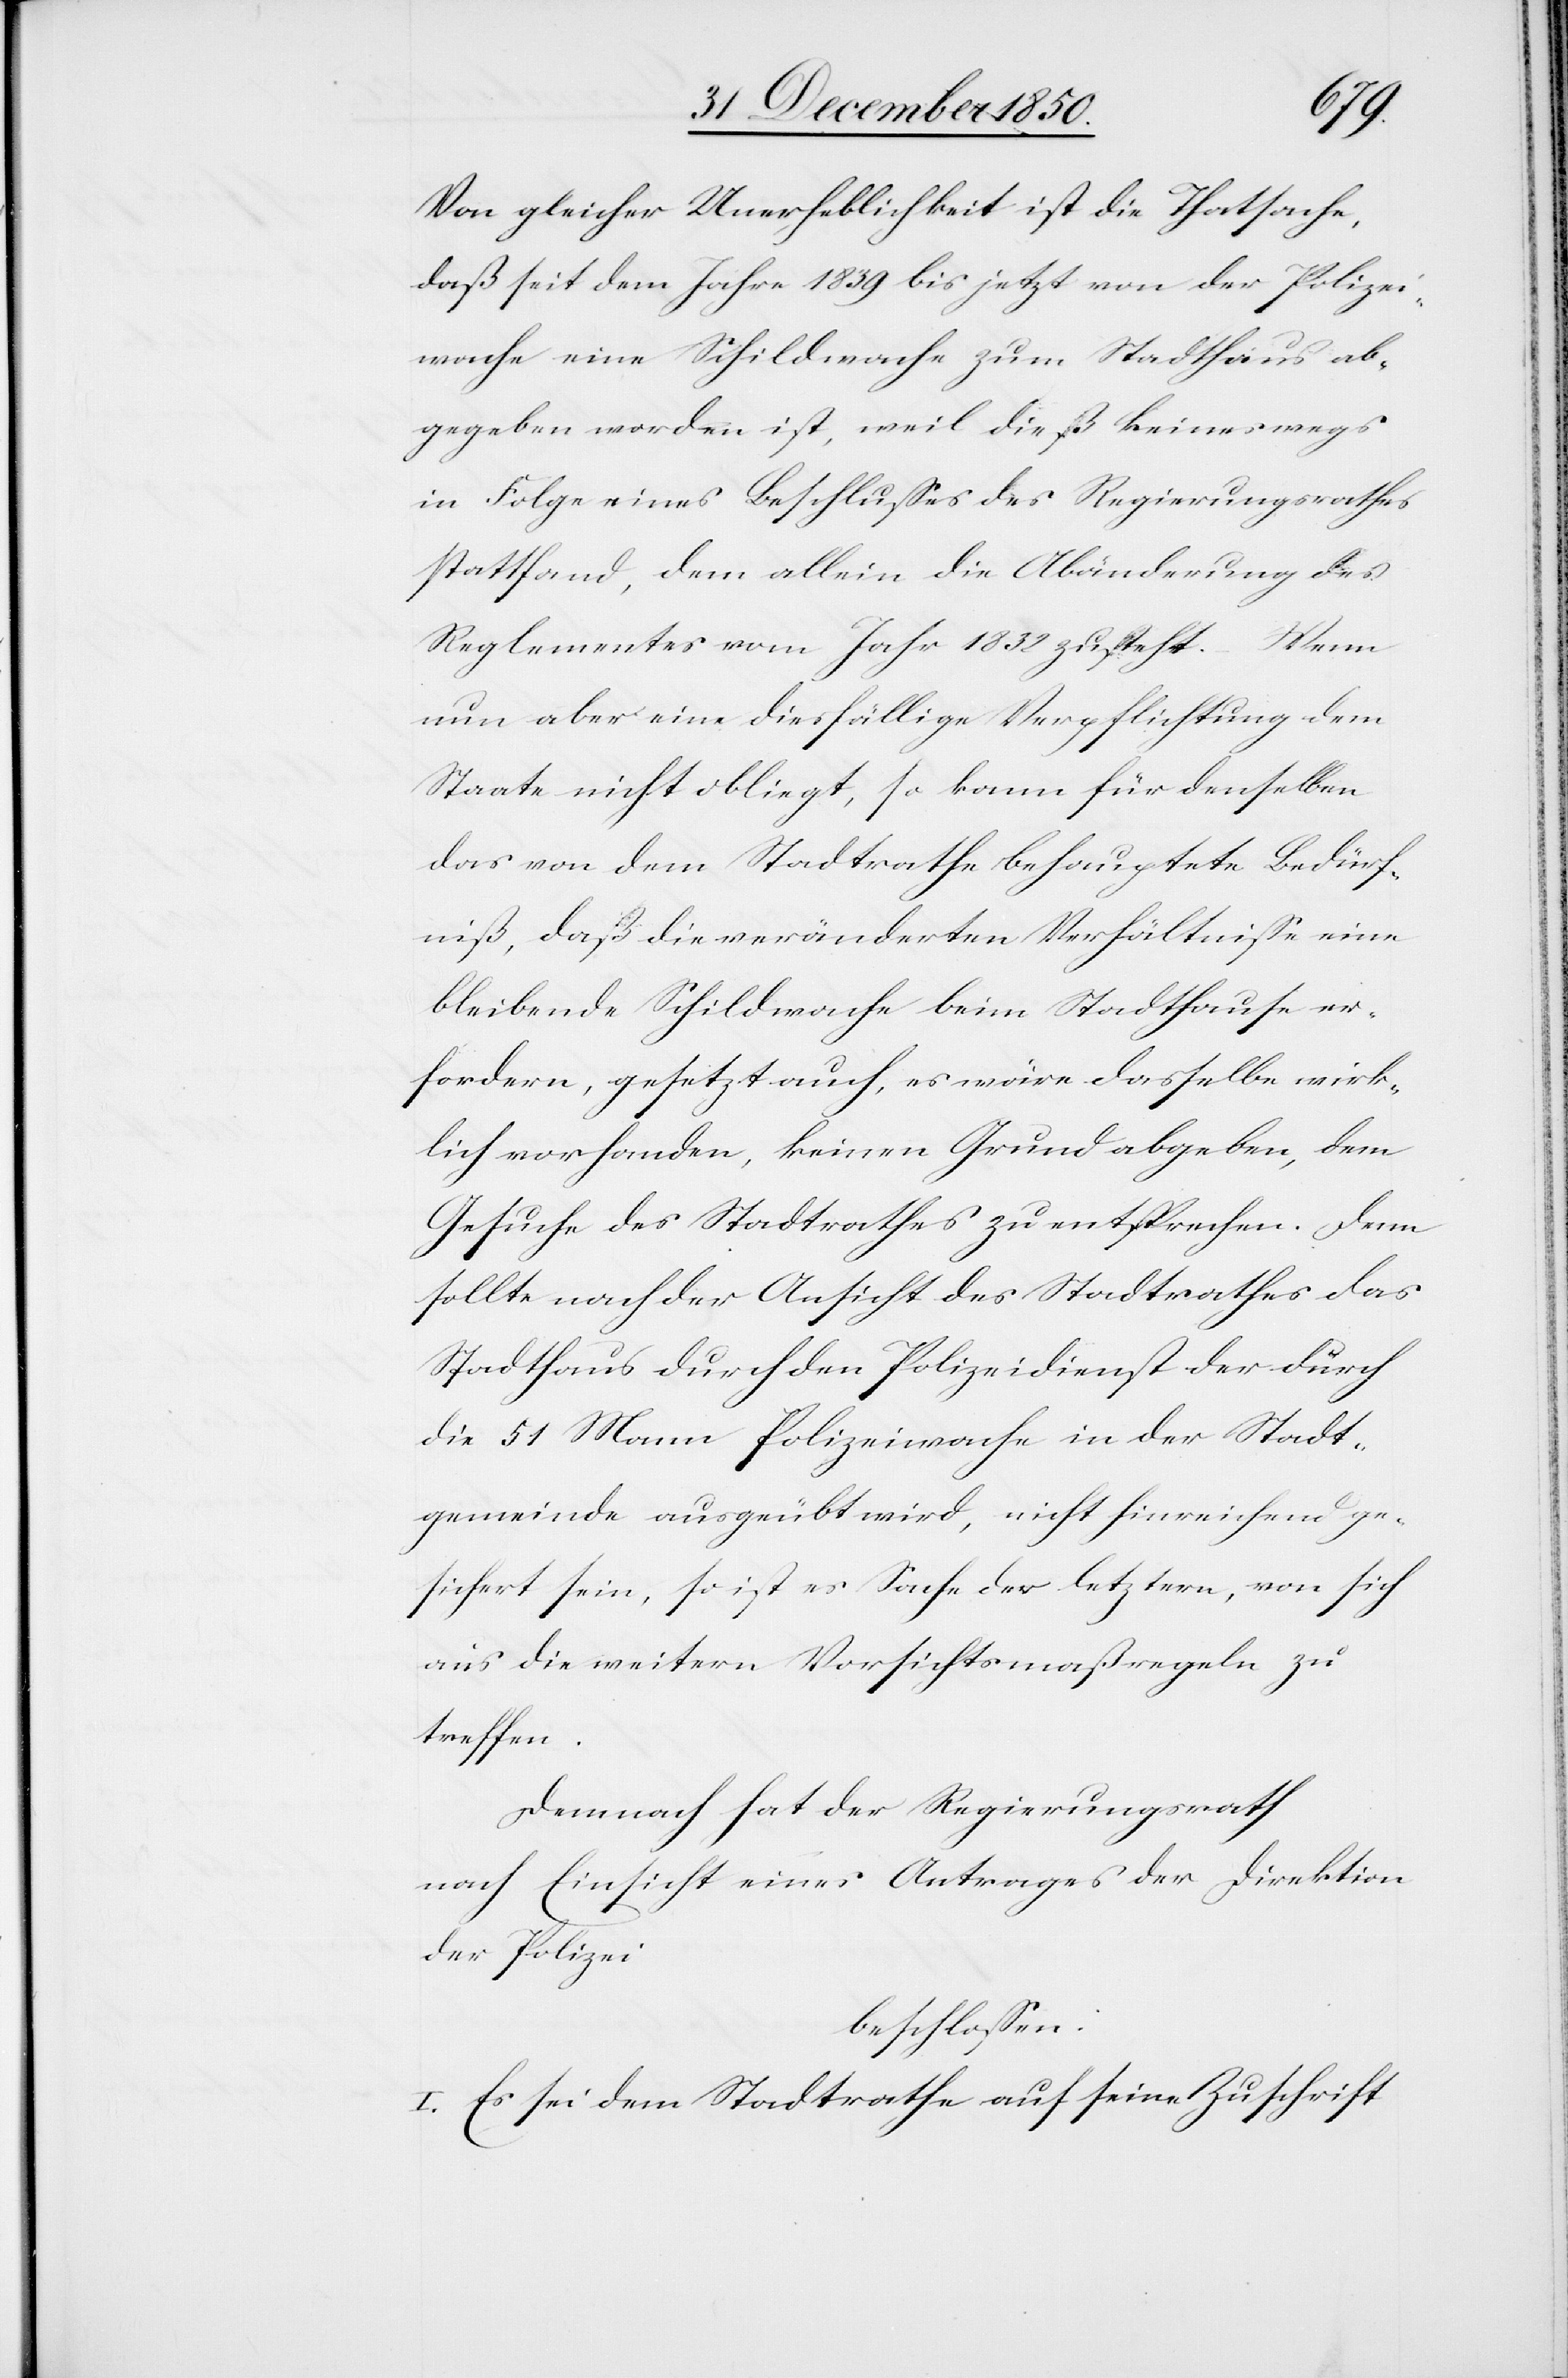
Von gleicher Unerheblichkeit ist die Thatsache,
daß seit dem Jahre 1839 bis jetzt von der Polizei¬
wache eine Schildwache zum Stadthaus ab¬
gegeben worden ist, weil dieß keineswegs
in Folge eines Beschlusses des Regierungsrathes
stattfand, dem allein die Abänderung des
Reglementes vom Jahr 1832 zusteht. Wenn
nun aber eine diesfällige Verpflichtung dem
Staate nicht obliegt, so kann für denselben
das von dem Stadtrathe behauptete Bedürf¬
niß, daß die veränderten Verhältnisse eine
bleibende Schildwache beim Stadthause er¬
fordern, gesetzt auch, es wäre dasselbe wirk¬
lich vorhanden, keinen Grund abgeben, dem
Gesuche des Stadtrathes zu entsprechen. Dem
sollte nach der Ansicht des Stadtrathes das
Stadthaus durch den Polizeidienst der durch
die 51 Mann Polizeiwache in der Stadt¬
gemeinde ausgeübt wird, nicht hinreichend ge¬
sichert sein, so ist es Sache der letztern, von sich
aus die weitern Vorsichtsmaßregeln zu
treffen.
Demnach hat der Regierungsrath
nach Einsicht eines Antrages der Direktion
der Polizei
beschlossen:
I. Es sei dem Stadtrathe auf seine Zuschrift